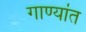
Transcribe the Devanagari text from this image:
गाण्यांत